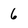
Character: 6